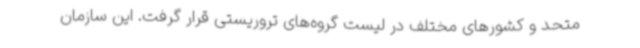
متحد و کشورهای مختلف در لیست گروه‌های تروریستی قرار گرفت. این سازمان